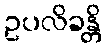
ဥပလိခန္တိ